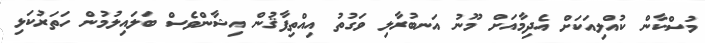
މުސްކާން ކުއްލިއަކަށް އެދިމާއަށް މޫނު އަނބުރާލި ވަގުތު އިއްތިފާޤުން އިޝާންވެސް ބަލައިލުމުން ހަތަރުކަޅި